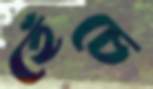
হেঁচে